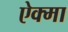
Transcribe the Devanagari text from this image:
ऐक्मा